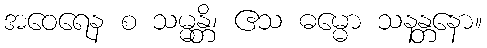
အဝေရေန စ သမ္မန္တိ၊ ဧသ ဓမ္မော သနန္တနော။